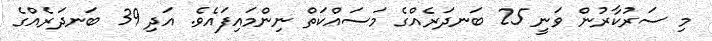
މި ސަރުކާރުން ވަނީ 25 ބަނދަރެއްގެ މަސައްކަތް ނިންމައިފައެވެ. އަދި 39 ބަނދަރެއްގެ